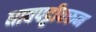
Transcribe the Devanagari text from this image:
धावपट्टीवरुन